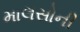
માલસોની